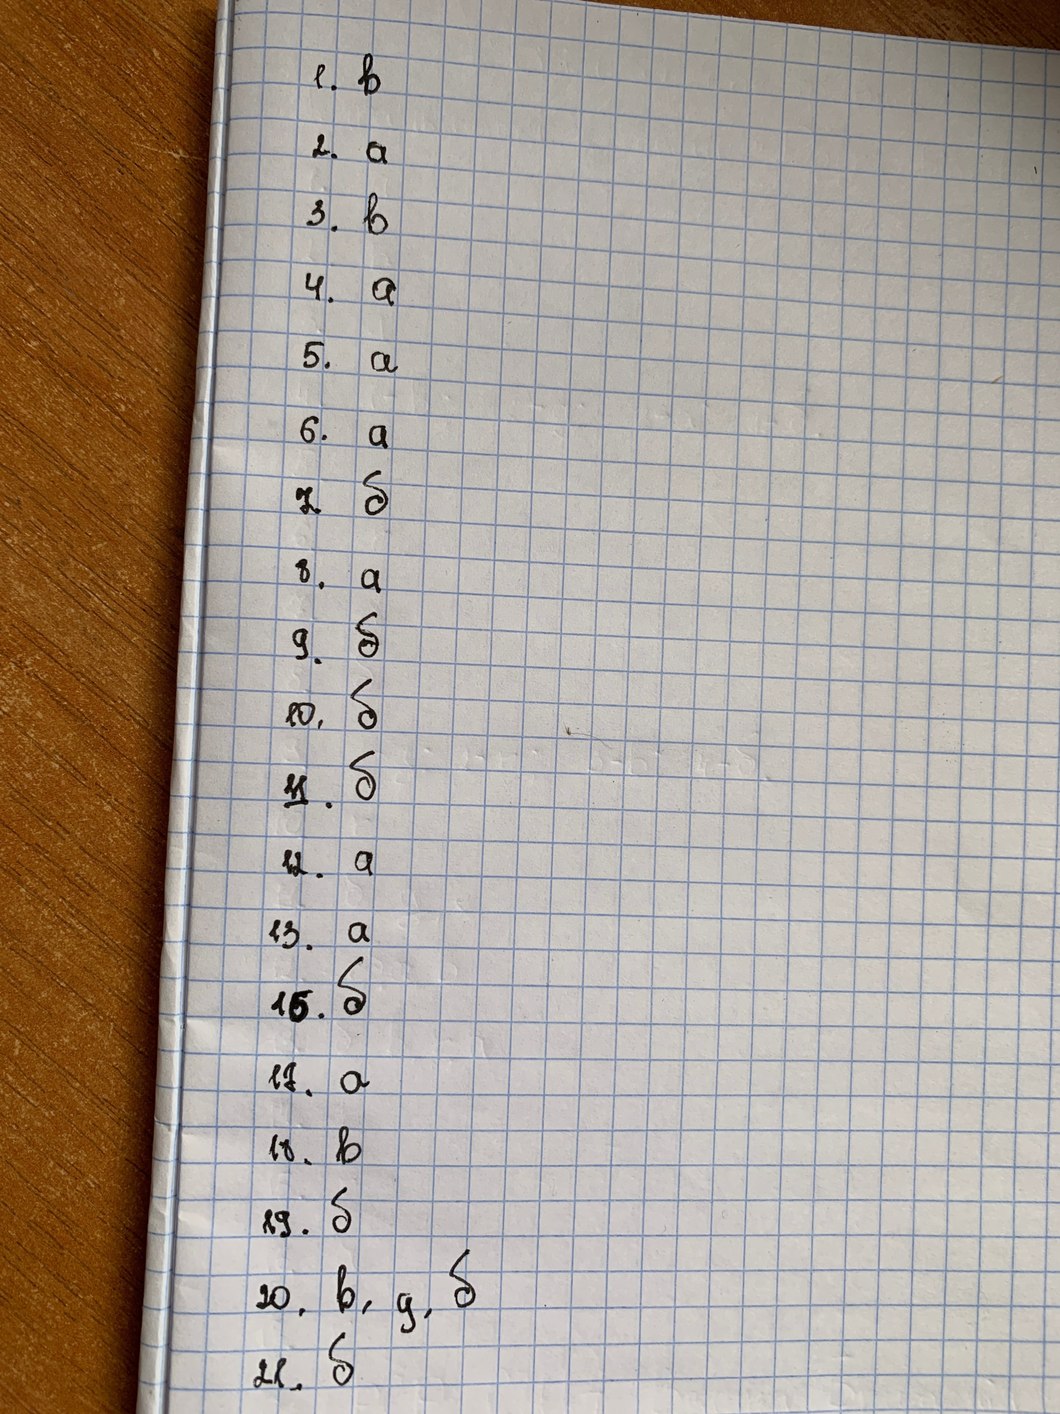
1. в
1. a
3. в
4. a
5. a
6. a
7. б
8. a
9. б
10. б
11. б
12. а
13. a
16. б
17. а
18. в
19. б
20. в, д, б
21. б